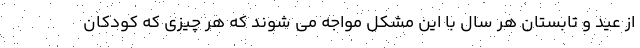
از عید و تابستان هر سال با این مشکل مواجه می شوند که هر چیزی که کودکان